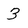
Character: 3